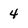
Character: 4